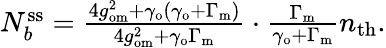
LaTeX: \begin{array}{r}{N_{b}^{\mathrm{ss}}=\frac{4g_{\mathrm{om}}^{2}+\gamma_{\mathrm{o}}(\gamma_{\mathrm{o}}+\Gamma_{\mathrm{m}})}{4g_{\mathrm{om}}^{2}+\gamma_{\mathrm{o}}\Gamma_{\mathrm{m}}}\cdot\frac{\Gamma_{\mathrm{m}}}{\gamma_{\mathrm{o}}+\Gamma_{\mathrm{m}}}n_{\mathrm{th}}.}\end{array}